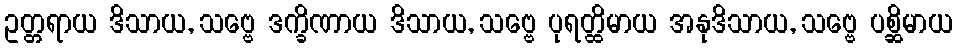
ဥတ္တရာယ ဒိသာယ, သဗ္ဗေ ဒက္ခိဏာယ ဒိသာယ, သဗ္ဗေ ပုရတ္ထိမာယ အနုဒိသာယ, သဗ္ဗေ ပစ္ဆိမာယ